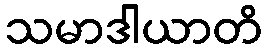
သမာဒါယာတိ